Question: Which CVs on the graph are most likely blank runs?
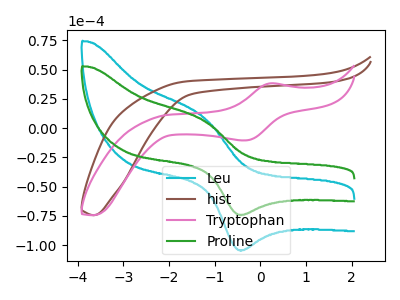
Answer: <think>The cyan curve "Leu" has an anodic peak at (-1.25V, 9.50uA) and a cathodic peak at (-0.40V, -104.20uA). The brown curve "hist" has no peaks. The pink curve "Tryptophan" has an anodic peak at (0.20V, 38.25uA) and a cathodic peak at (-0.35V, -10.55uA). The green curve "Proline" has an anodic peak at (-1.25V, 6.75uA) and a cathodic peak at (-0.40V, -74.00uA).</think>
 <answer>"hist" is likely to be a blank.</answer>
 <eval>hist</eval>